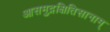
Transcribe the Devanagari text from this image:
आसमुद्रक्षितिसानाम्